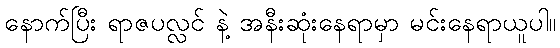
နောက်ပြီး ရာဇပလ္လင် နဲ့ အနီးဆုံးနေရာမှာ မင်းနေရာယူပါ။